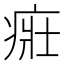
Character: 𤶜